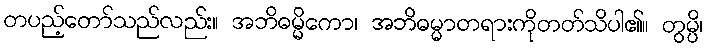
တပည့်တော်သည်လည်း။ အဘိဓမ္မိကော၊ အဘိဓမ္မာတရားကိုတတ်သိပါ၏။ တွမ္ပိ၊